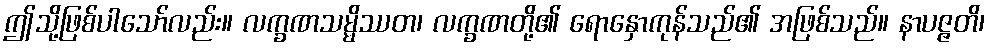
ဤသို့ဖြစ်ပါသော်လည်း။ လက္ခဏသမ္မိဿတ၊ လက္ခဏတို့၏ ရောနှောကုန်သည်၏ အဖြစ်သည်။ နာပဇ္ဇတိ၊